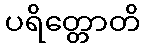
ပရိတ္တောတိ